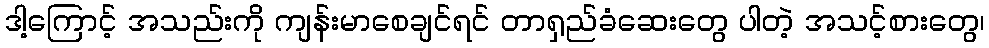
ဒါ့ကြောင့် အသည်းကို ကျန်းမာစေချင်ရင် တာရှည်ခံဆေးတွေ ပါတဲ့ အသင့်စားတွေ၊